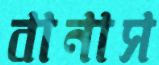
বানাস